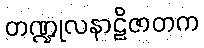
တဏ္ဍုလနာဠိဇာတက